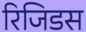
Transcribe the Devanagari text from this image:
रिजिडस